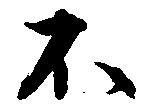
不